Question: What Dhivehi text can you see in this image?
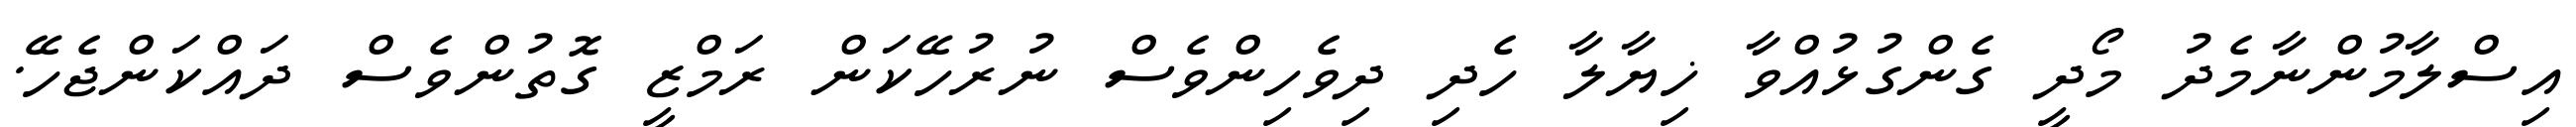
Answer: އިސްލާމުންނާމެދު މޯދީ ގެންގުޅުއްވާ ޚިޔާލާ ހެދި ދިވެހިންވެސް ނުރުހޭކަން ރަމްޒީ ގޮތުންވެސް ދައްކަންޖެހޭ.